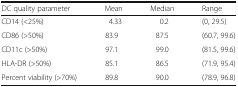
| DC quality parameter | Mean | Median | Range |
 | --- | --- | --- | --- |
 | CD14 (<25%) | 4.33 | 0.2 | (0, 29.5) |
 | CD86 (>50%) | 83.9 | 87.5 | (60.7, 99.6) |
 | CD11c (>50%) | 97.1 | 99.0 | (81.5, 99.6) |
 | HLA-DR (>50%) | 85.1 | 86.5 | (71.9, 95.4) |
 | Percent viability (>70%) | 89.8 | 90.0 | (78.9, 96.8) |